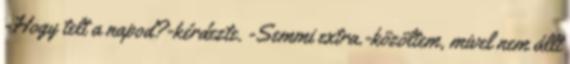
-Hogy telt a napod?-kérdezte. -Semmi extra.-közöltem, mivel nem állt